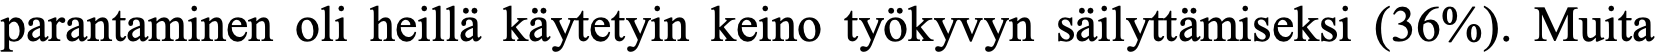
parantaminen oli heillä käytetyin keino työkyvyn säilyttämiseksi (36%). Muita